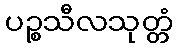
ပဉ္စသီလသုတ္တံ